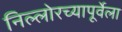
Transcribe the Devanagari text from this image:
निल्लोरच्यापूर्वेला